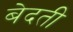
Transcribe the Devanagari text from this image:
बेदती